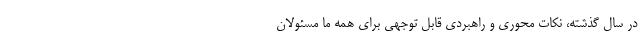
در سال گذشته، نکات محوری و راهبردی قابل توجهی برای همه ما مسئولان